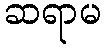
ဆရာမ